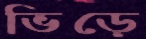
ভিড়ে